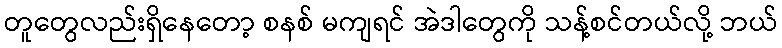
တူတွေလည်းရှိနေတော့ စနစ် မကျရင် အဲဒါတွေကို သန့်စင်တယ်လို့ ဘယ်